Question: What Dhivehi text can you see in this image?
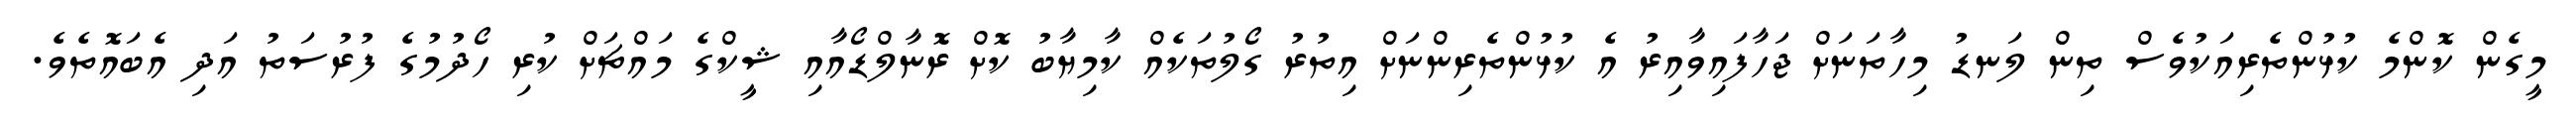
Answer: މީގެން ކޮންމެ ކުޅުންތެރިއަކުވެސް ތިން ލަނޑު މިހާތަނަށް ޖަހާފައިވާއިރު އެ ކުޅުންތެރިންނަށް އިތުރު ގޯލުތަކެއް ކާމިޔާބު ކޮށް ރޮނާލްޑޯއާއި ޝީކްގެ މައްޗަށް ކުރި ހޯދުމުގެ ފުރުސަތު އަދި އެބައޮތެވެ.